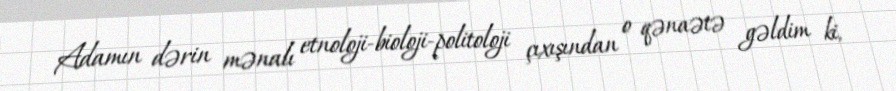
Adamın dərin mənalı etnoloji-bioloji-politoloji çıxışından o qənaətə gəldim ki,